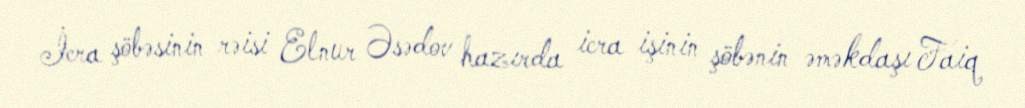
İcra şöbəsinin rəisi Elnur Əsədov hazırda icra işinin şöbənin əməkdaşı Faiq